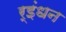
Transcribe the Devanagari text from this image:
र्इंधन